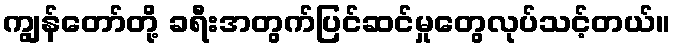
ကျွန်တော်တို့ ခရီးအတွက်ပြင်ဆင်မှုတွေလုပ်သင့်တယ်။